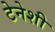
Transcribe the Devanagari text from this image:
टेनेशी